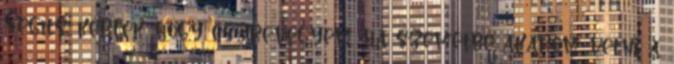
Segíts, kérlek, hogy észrevegyem, ha szemétbe akarom vetni a